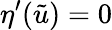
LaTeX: \eta^{\prime}(\tilde{u})=0